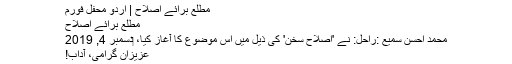
مطلع برائے اصلاح | اردو محفل فورم
مطلع برائے اصلاح
محمّد احسن سمیع :راحل: نے 'اِصلاحِ سخن' کی ذیل میں اس موضوع کا آغاز کیا، ‏دسمبر 4, 2019
عزیزان گرامی، آداب!